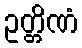
ဥတ္တိဏံ